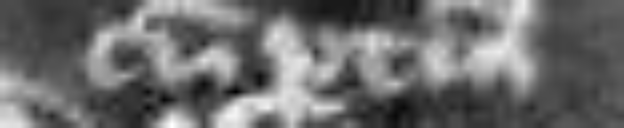
cum pertinenciis